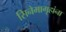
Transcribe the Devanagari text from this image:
सिनेमागृहांना